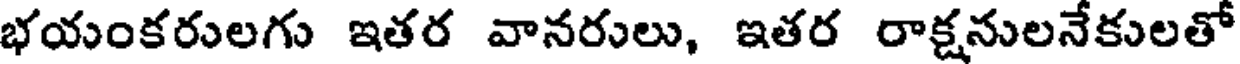
భయంకరులగు ఇతర వానరులు, ఇతర రాక్షనులనేకులతో